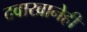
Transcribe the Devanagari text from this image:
दवाखानेही